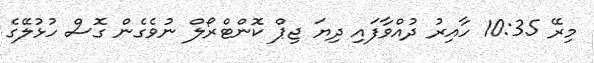
މިރޭ 10:35 ހާއިރު ދުއްވާފައި ދިޔަ ޖިޕް ކޮންޓްރޯލް ނުވެގެން ގޮސް ހުޅުލޭގެ